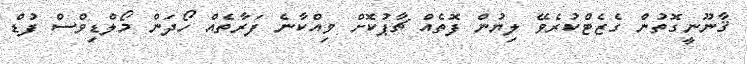
ޤާނޫނީގޮތުން ގެޒެޓްކުރެވޭ ލިޔުން ފޮތެއް ޗާޕުކޮށް ވިއްކާނެ ފަރާތެއް ހޯދަން މޯލްޑިވްސް ފުޑް